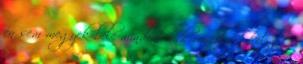
én sem megyek bele mindenbe, de van olyan helyzet,